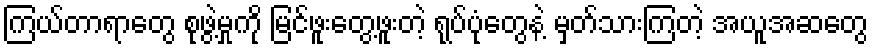
ကြယ်တာရာတွေ စုဖွဲ့မှုကို မြင်ဖူးတွေ့ဖူးတဲ့ ရုပ်ပုံတွေနဲ့ မှတ်သားကြတဲ့ အယူအဆတွေ